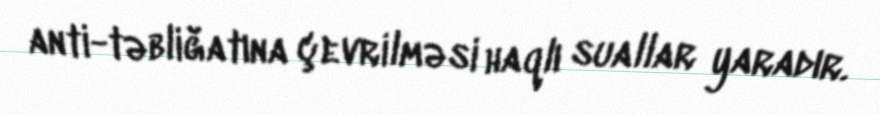
anti-təbliğatına çevrilməsi haqlı suallar yaradır.